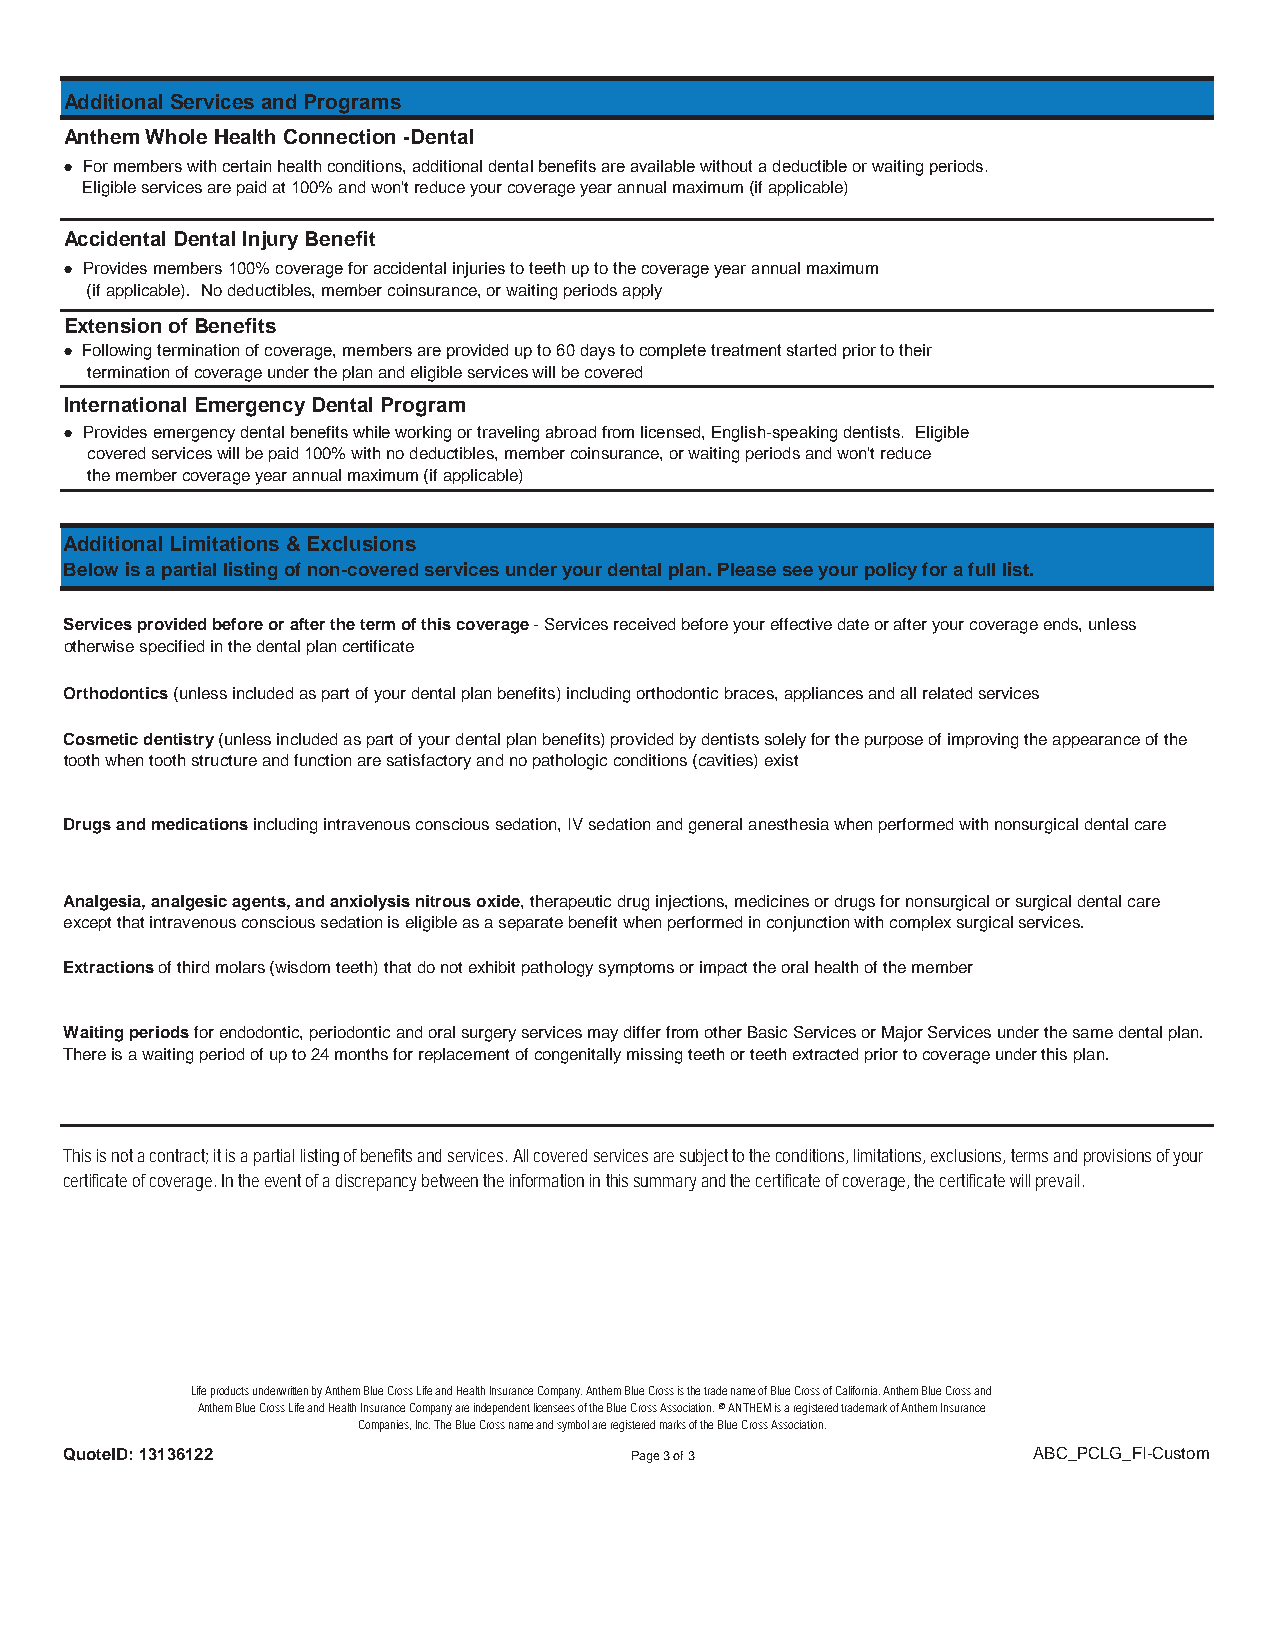
Additional Services and Programs
 Anthem Whole Health Connection -Dental
 ● For members with certain health conditions, additional dental benefits are available without a deductible or waiting periods.
 Eligible services are paid at 100% and won't reduce your coverage year annual maximum (if applicable)
 Accidental Dental Injury Benefit
 ● Provides members 100% coverage for accidental injuries to teeth up to the coverage year annual maximum
 (if applicable). No deductibles, member coinsurance, or waiting periods apply
 Extension of Benefits
 ● Following termination of coverage, members are provided up to 60 days to complete treatment started prior to their
 termination of coverage under the plan and eligible services will be covered
 International Emergency Dental Program
 ● Provides emergency dental benefits while working or traveling abroad from licensed, English-speaking dentists. Eligible
 covered services will be paid 100% with no deductibles, member coinsurance, or waiting periods and won't reduce
 the member coverage year annual maximum (if applicable)
 Additional Limitations & Exclusions
 Below is a partial listing of non-covered services under your dental plan. Please see your policy for a full list.
 Services provided before or after the term of this coverage - Services received before your effective date or after your coverage ends, unless
 otherwise specified in the dental plan certificate
 Orthodontics (unless included as part of your dental plan benefits) including orthodontic braces, appliances and all related services
 Cosmetic dentistry (unless included as part of your dental plan benefits) provided by dentists solely for the purpose of improving the appearance of the
 tooth when tooth structure and function are satisfactory and no pathologic conditions (cavities) exist
 Drugs and medications including intravenous conscious sedation, IV sedation and general anesthesia when performed with nonsurgical dental care
 Analgesia, analgesic agents, and anxiolysis nitrous oxide, therapeutic drug injections, medicines or drugs for nonsurgical or surgical dental care
 except that intravenous conscious sedation is eligible as a separate benefit when performed in conjunction with complex surgical services.
 Extractions of third molars (wisdom teeth) that do not exhibit pathology symptoms or impact the oral health of the member
 Waiting periods for endodontic, periodontic and oral surgery services may differ from other Basic Services or Major Services under the same dental plan.
 There is a waiting period of up to 24 months for replacement of congenitally missing teeth or teeth extracted prior to coverage under this plan.
 This is not a contract; it is a partial listing of benefits and services. All covered services are subject to the conditions, limitations, exclusions, terms and provisions of your
 certificate of coverage. In the event of a discrepancy between the information in this summary and the certificate of coverage, the certificate will prevail.
 Life products underwritten by Anthem Blue Cross Life and Health Insurance Company. Anthem Blue Cross is the trade name of Blue Cross of California. Anthem Blue Cross and
 Anthem Blue Cross Life and Health Insurance Company are independent licensees of the Blue Cross Association. ® ANTHEM is a registered trademark of Anthem Insurance
 Companies, Inc. The Blue Cross name and symbol are registered marks of the Blue Cross Association.
 QuoteID: 13136122                     Page 3 of 3               ABC_PCLG_FI-Custom